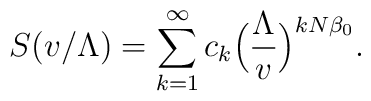
S(v/\Lambda)=\sum_{k=1}^{\infty}c_{k}\Bigl({\Lambda\over v}\Bigr)^{kN\beta_{0}}.